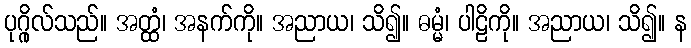
ပုဂ္ဂိုလ်သည်။ အတ္ထံ၊ အနက်ကို။ အညာယ၊ သိ၍။ ဓမ္မံ၊ ပါဠိကို။ အညာယ၊ သိ၍။ န